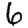
Digit: 6